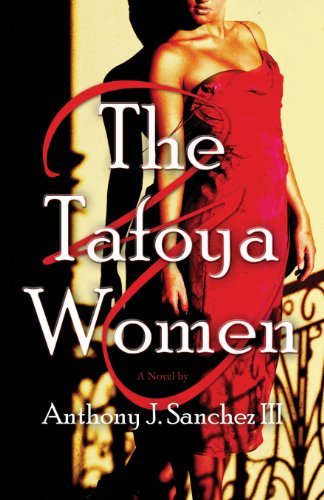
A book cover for The Tafoya Women; Anthony J. III Sanchez; Romance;